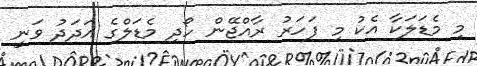
މި މެޑަލަކާ އެކު މި ފަހަރު ރާއްޖޭން ހޯދި މެޑަލްގެ އަދަދު ވަނީ